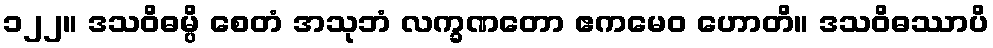
၁၂၂။ ဒသဝိဓမ္ပိ စေတံ အသုဘံ လက္ခဏတော ဧကမေဝ ဟောတိ။ ဒသဝိဓဿာပိ